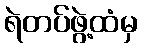
ရဲတပ်ဖွဲ့ထံမှ